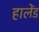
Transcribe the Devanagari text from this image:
हालेंड